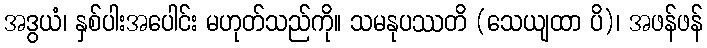
အဒွယံ၊ နှစ်ပါးအပေါင်း မဟုတ်သည်ကို။ သမနုပဿတိ (သေယျထာ ပိ)၊ အဖန်ဖန်